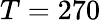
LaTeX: T=270